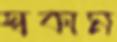
স্বকাম